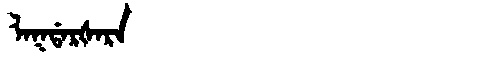
Manchu: ᠯᠠᡴᡩᠠᡵᡧᠠᡵᠠ
Romanization: LAKDARŠARA